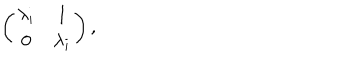
\left( \begin{array} { c c } { { \lambda _ { i } } } & { { 1 } } \\ { { 0 } } & { { \lambda _ { i } } } \\ \end{array} \right) ,